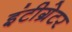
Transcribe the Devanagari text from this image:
इंटीग्रेटर